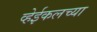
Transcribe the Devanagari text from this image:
व्हेईकलच्या